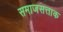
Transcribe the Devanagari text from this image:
समाजसत्ताक